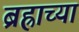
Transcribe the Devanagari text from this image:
ब्रह्राच्या